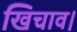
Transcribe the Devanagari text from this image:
खिचाव।